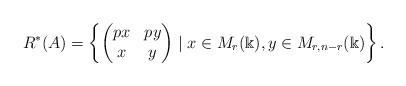
LaTeX: \begin{align*}R^*(A) =\left\{ \begin{pmatrix} px & py \\ x & y \end{pmatrix} \mid x\in M_r(\Bbbk), y\in M_{r,n-r}(\Bbbk ) \right \}.\end{align*}